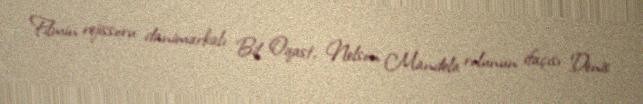
Filmin rejissoru danimarkalı Bil Oqast, Nelson Mandela rolunun ifaçısı Denis